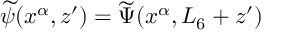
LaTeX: \widetilde \psi ( x ^ { \alpha } , z ^ { \prime } ) = \widetilde \Psi ( x ^ { \alpha } , L _ { 6 } + z ^ { \prime } )